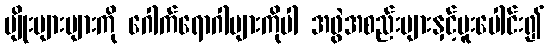
မျိုးပျားများကို ဂေါက်ရောဂါများကိုပါ အဖွဲအစည်းများနှင့်ပူးပေါင်း၍